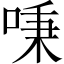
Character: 𠶏